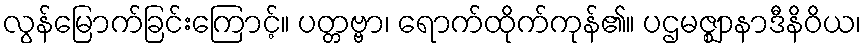
လွန်မြောက်ခြင်းကြောင့်။ ပတ္တဗ္ဗာ၊ ရောက်ထိုက်ကုန်၏။ ပဌမဇ္ဈာနာဒီနိဝိယ၊